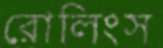
রোলিংস